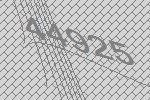
44925